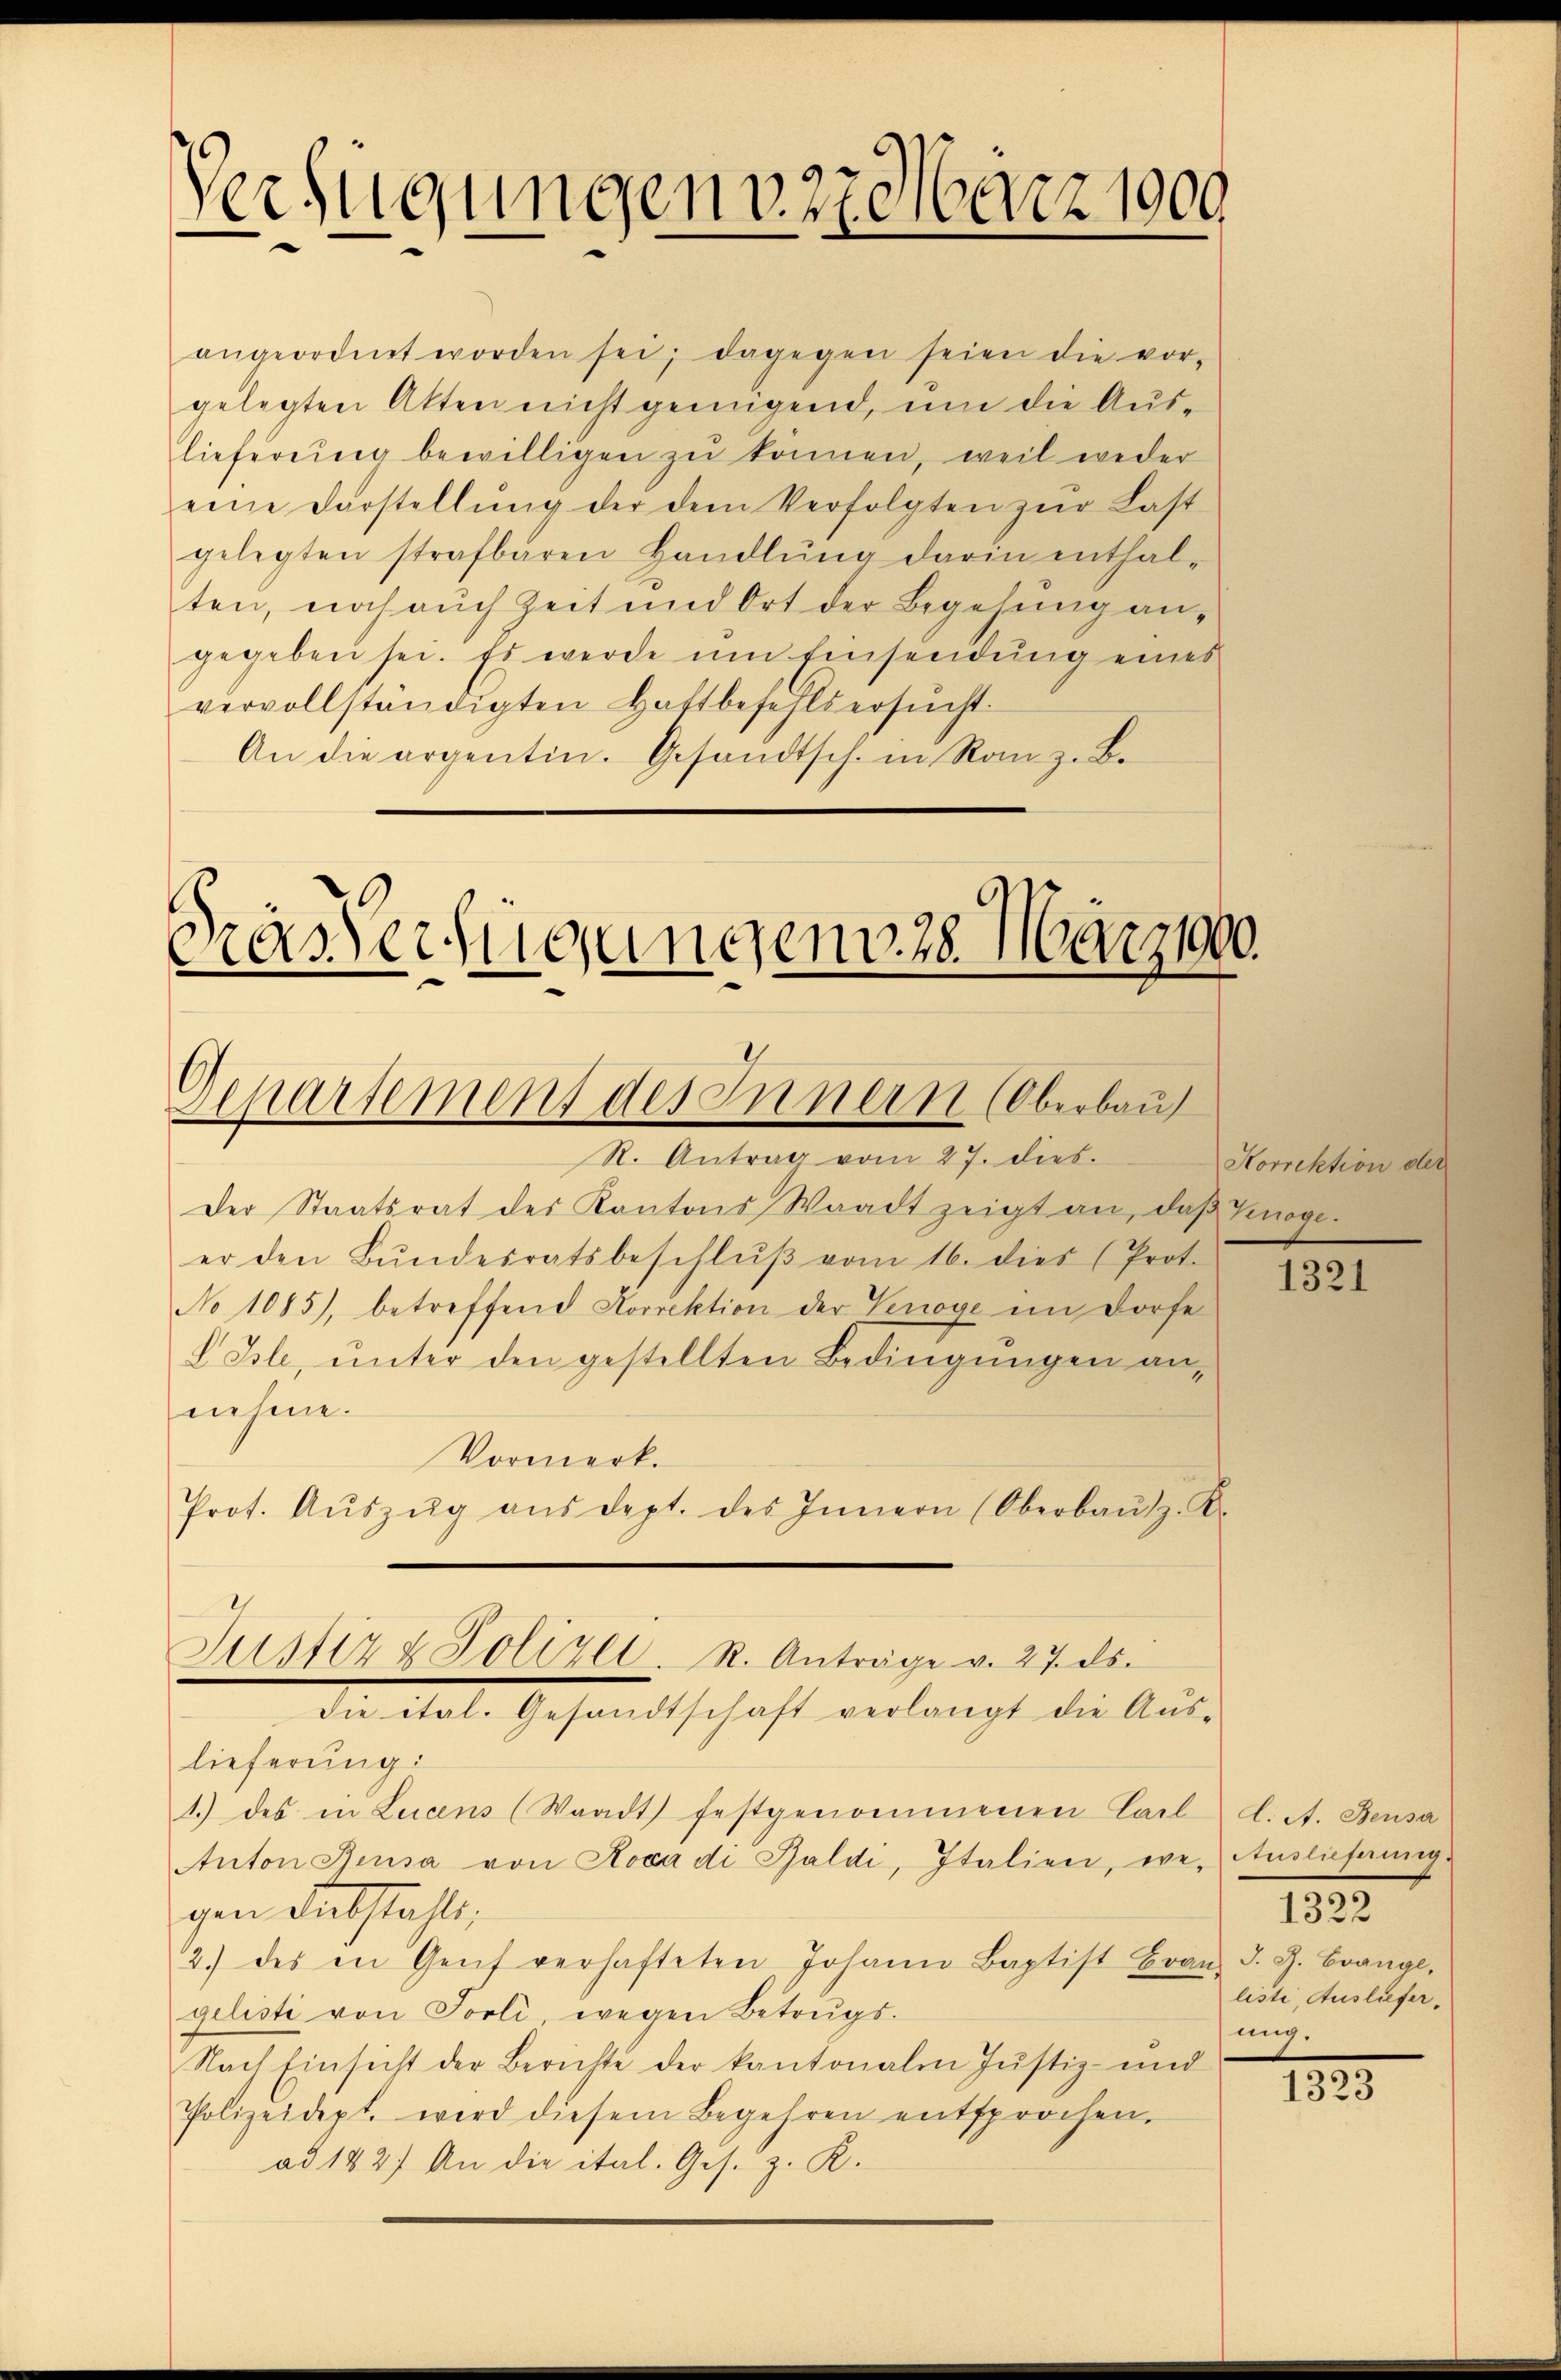
Verfügungen v. 27. März 1900

Das erfügungen 28. März 190.
Separtement des Innern (Oberbau

angeordnet worden sei; dagegen seien die vor-
gelegten Akten nicht genügend, um die Aus-
lieferung bewilligen zu können, weil weder
eine Darstellŭng der dem Verfolgten zŭr Last
gelegten strafbaren Handlŭng darin enthal-
ten, noch auch Zeit und Ort der Begehung an-
gegeben sei. Es werde um Einsendung eines
vervollständigten Haftbefehls ersucht.
An die argentin. Gesandtsch. in Rom z. B.

R. Antrag vom 27. dies
Der Staatsrat des Kantons Waadt zeigt an, daβ Köge.
er den Bŭndesratsbeschlŭβ vom 16. dies (Prot.
No 1085), betreffend Korrektion der Venage im Dorfe
V Isle, unter den gestellten Bedingungen annehme.
Vormerk.
Prot. Aŭszŭg aŭs dept. des Innern (Oberbaŭtz. K.
lieferung:
1.) des in Lucens (Waadt festgenommenen Carl d. A. Beusa
Anton Reusa von Roca di Saldi, Italien, we, Auslieferung
gen Diebstahls,
2.) des in Genf verhafteten Johann Baptist Branz J. J. Evange,
gelisti von Torli wegen Betrŭgs-
Nach Einsicht der Berichte der kantonalen Justiz- und
Polizeidept. wird diesem Begehren entsprochen.
ad 182) An die ital. Ges. z. R.

Justiz & Polizei. R. Anträge v. 27. ds.
die ital. Gesandtschaft verlangt die Aus-

Horrektion der

1321

listi, Ausliefer
.

1322

1323